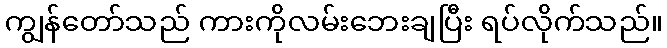
ကျွန်တော်သည် ကားကိုလမ်းဘေးချပြီး ရပ်လိုက်သည်။